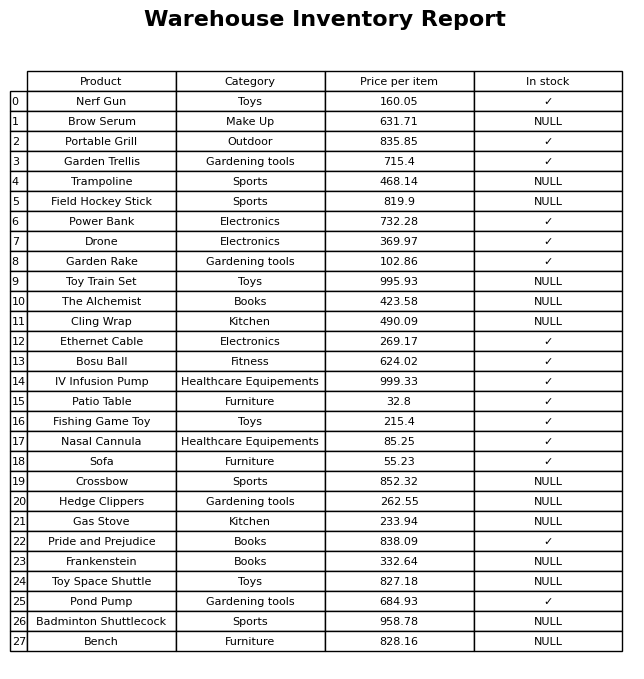
question: What is the price of the Frankenstein?
answer: The price of Frankenstein is 332.64.